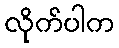
လိုက်ပါက